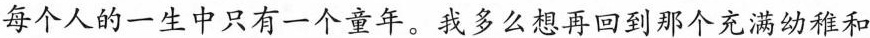
每个人的一生中只有一个童年。 我多么想再回到那个充满幼稚和